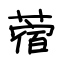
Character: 蓿